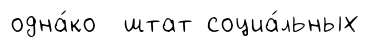
одна́ко штат социа́льных